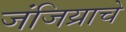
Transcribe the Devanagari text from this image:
जंजिय्राचे